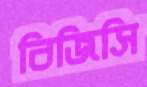
বিজিসি